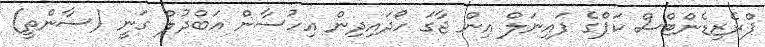
ޕްރެޒިޑެންޓްސް ކަޕްގެ ފައިނަލް އިން ޖާގަ ހޯދައިދިން އިހުސާން އަބްދުލް ގަނީ (ސާންތީ)